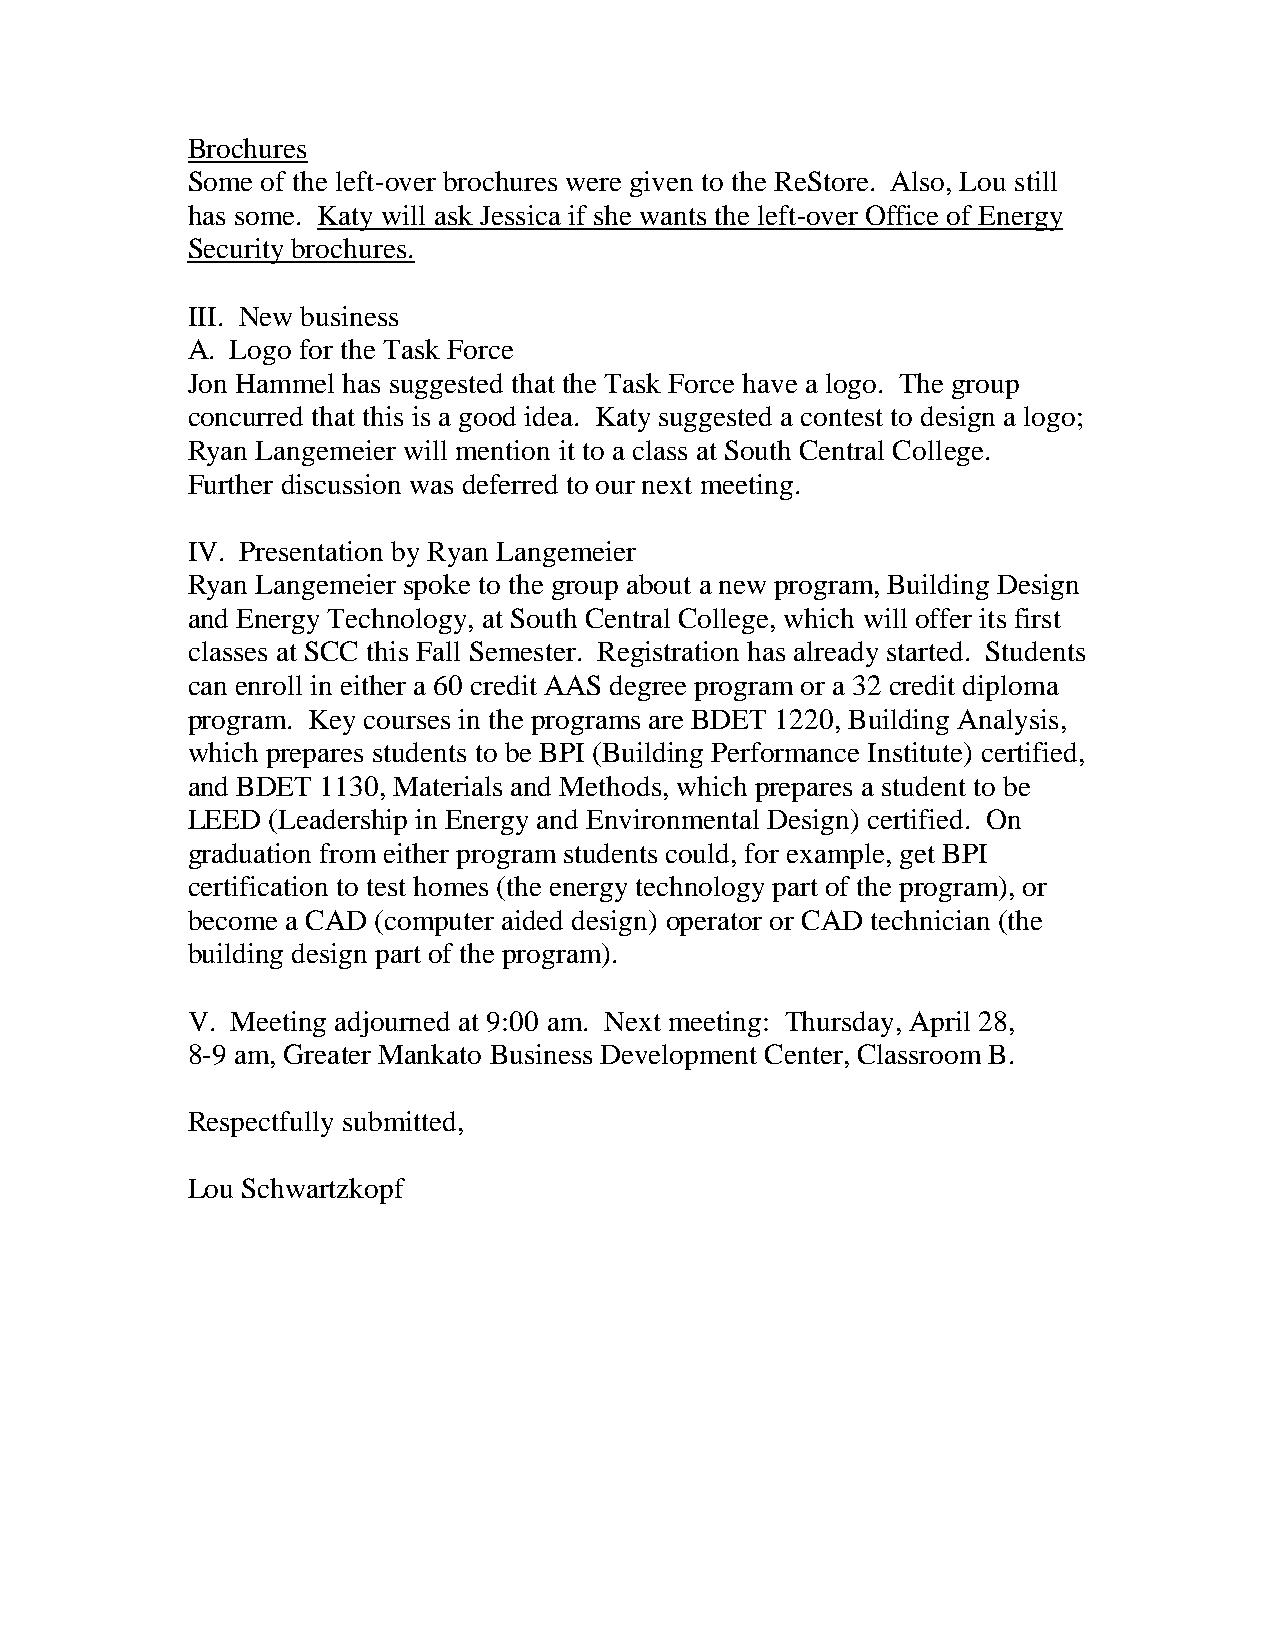
Brochures
 Some of the left-over brochures were given to the ReStore. Also, Lou still
 has some. Katy will ask Jessica if she wants the left-over Office of Energy
 Security brochures.
 III. New business
 A. Logo for the Task Force
 Jon Hammel has suggested that the Task Force have a logo. The group
 concurred that this is a good idea. Katy suggested a contest to design a logo;
 Ryan Langemeier will mention it to a class at South Central College.
 Further discussion was deferred to our next meeting.
 IV. Presentation by Ryan Langemeier
 Ryan Langemeier spoke to the group about a new program, Building Design
 and Energy Technology, at South Central College, which will offer its first
 classes at SCC this Fall Semester. Registration has already started. Students
 can enroll in either a 60 credit AAS degree program or a 32 credit diploma
 program. Key courses in the programs are BDET 1220, Building Analysis,
 which prepares students to be BPI (Building Performance Institute) certified,
 and BDET 1130, Materials and Methods, which prepares a student to be
 LEED  (Leadership in Energy and Environmental Design) certified. On
 graduation from either program students could, for example, get BPI
 certification to test homes (the energy technology part of the program), or
 become a CAD (computer aided design) operator or CAD technician (the
 building design part of the program).
 V. Meeting adjourned at 9:00 am. Next meeting: Thursday, April 28,
 8-9 am, Greater Mankato Business Development Center, Classroom B.
 Respectfully submitted,
 Lou Schwartzkopf